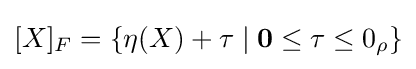
{\textstyle [X]_{F}=\{\eta (X)+\tau \mid {\bf {0}}\leq \tau \leq 0_{\rho }\}}